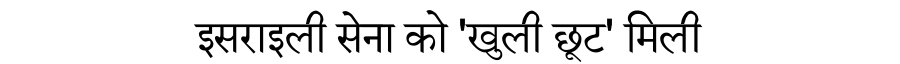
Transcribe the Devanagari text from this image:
इसराइली सेना को 'खुली छूट' मिली